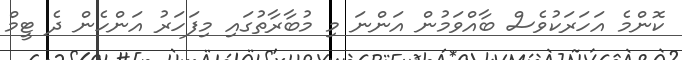
ކޮންމެ އަހަރަކުވެސް ބާއްވަމުން އަންނަ މި މުބާރާތުގައި މިފަހަރު އަންހެން ދެ ޓީމް